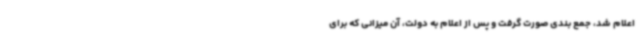
اعلام شد، جمع بندی صورت گرفت و پس از اعلام به دولت، آن میزانی که برای